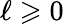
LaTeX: \ell\geqslant 0